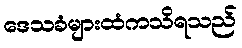
ဒေသခံများထံကသိရသည်